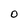
Character: O